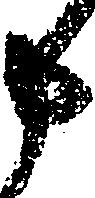
申